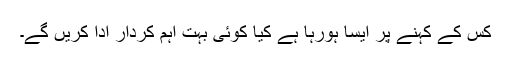
کس کے کہنے پر ایسا ہورہا ہے کیا کوئی بہت اہم کردار ادا کریں گے۔